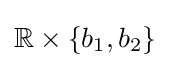
\mathbb {R} \times \{b_{1},b_{2}\}